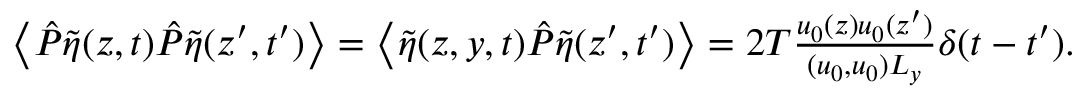
\begin{array} { r } { \left\langle \hat { P } \tilde { \eta } ( z , t ) \hat { P } \tilde { \eta } ( z ^ { \prime } , t ^ { \prime } ) \right\rangle = \left\langle \tilde { \eta } ( z , y , t ) \hat { P } \tilde { \eta } ( z ^ { \prime } , t ^ { \prime } ) \right\rangle = 2 T \frac { u _ { 0 } ( z ) u _ { 0 } ( z ^ { \prime } ) } { ( u _ { 0 } , u _ { 0 } ) L _ { y } } \delta ( t - t ^ { \prime } ) . } \end{array}